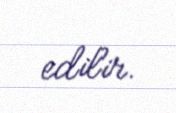
edilir.